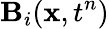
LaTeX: \mathbf{B}_{i}(\mathbf{x},t^{n})